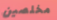
مخلصين